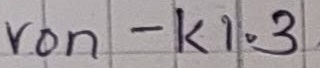
Text: von - K1.3